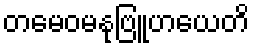
တမေဝမနုဗြူဟယေတိ